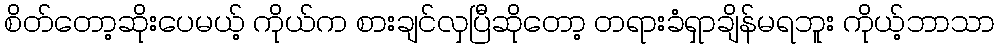
စိတ်တော့ဆိုးပေမယ့် ကိုယ်က စားချင်လှပြီဆိုတော့ တရားခံရှာချိန်မရဘူး ကိုယ့်ဘာသာ